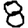
Digit: 8